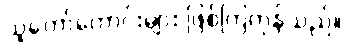
သူတော်ကောင်းများ ဖြစ်ကြကုန်သည်။